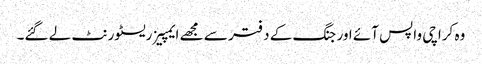
وہ کراچی واپس آئے اور جنگ کے دفتر سے مجھے ایمپیز ریسٹورنٹ لے گئے۔